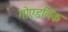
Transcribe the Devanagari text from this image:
गोएडलिक